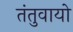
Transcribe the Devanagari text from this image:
तंतुवायो